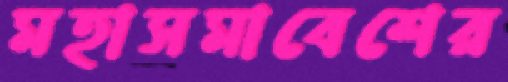
মহাসমাবেশের